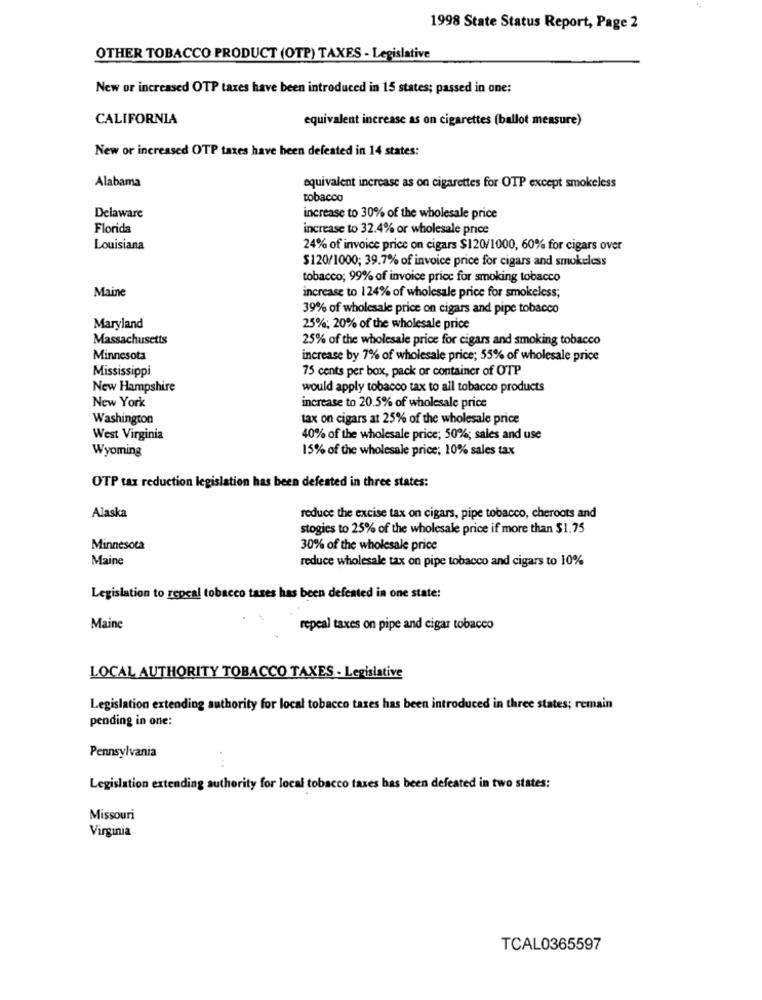
1998 State Status Report, Page 2
OTHER TOBACCO PRODUCT (OTP) TAXES - Legislative
New or increased OTP taxes have been introduced in 15 states; passed in one:
CALIFORNIA
equivalent increase as on cigarettes (ballot measure)
New or increased OTP taxes have been defeated in 14 states:
Alabama
equivalent increase as on cigarettes for OTP except smokeless
tobacco
Delaware
increase to 30% of the wholesale price
Florida
increase to 32.4% or wholesale price
Louisiana
24% of invoice price on cigars $120/1000, 60% for cigars over
$120/1000; 39.7% of invoice price for cigars and smokeless
tobacco; 99% of invoice price for smoking tobacco
Maine
increase to 124% of wholesale price for smokeless;
39% of wholesale price on cigars and pipe tobacco
Maryland
25%; 20% of the wholesale price
Massachusetts
25% of the wholesale price for cigars and smoking tobacco
Minnesota
increase by 7% of wholesale price; 55% of wholesale price
Mississippi
75 cents per box, pack or container of OTP
New Hampshire
would apply tobacco tax to all tobacco products
New York
increase to 20.5% of wholesale price
Washington
tax on cigars at 25% of the wholesale price
West Virginia
40% of the wholesale price; 50%; sales and use
Wyoming
15% of the wholesale price; 10% sales tax
OTP tax reduction legislation has been defeated in three states:
Alaska
reduce the excise tax on cigars, pipe tobacco, cheroots and
stogies to 25% of the wholesale price if more than $1.75
Minnesota
30% of the wholesale price
Maine
reduce wholesale tax on pipe tobacco and cigars to 10%
Legislation to repcal tobacco taxes has been defeated in one state:
Maine
repeal taxes on pipe and cigar tobacco
LOCAL AUTHORITY TOBACCO TAXES - Legislative
Legislation extending authority for local tobacco taxes has been introduced in three states; remain
pending in one:
Pennsylvania
Legislation extending authority for local tobacco taxes has been defeated in two states:
Missouri
Virginia
TCAL0365597